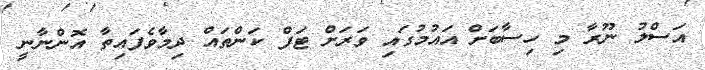
އަސްލު ނޫރާ މި ހިސާބަށް އައުމުގައި ވަރަށް ޓަފް ކަންތައް ދިމާވެފައިތާ އޮންނާނީ